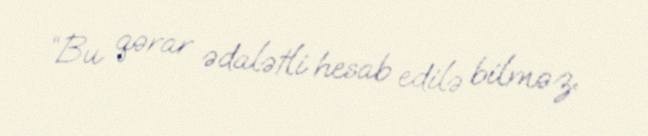
“Bu qərar ədalətli hesab edilə bilməz.